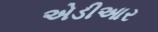
એડીઆર